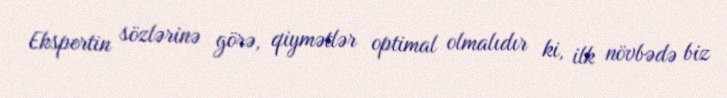
Ekspertin sözlərinə görə, qiymətlər optimal olmalıdır ki, ilk növbədə biz